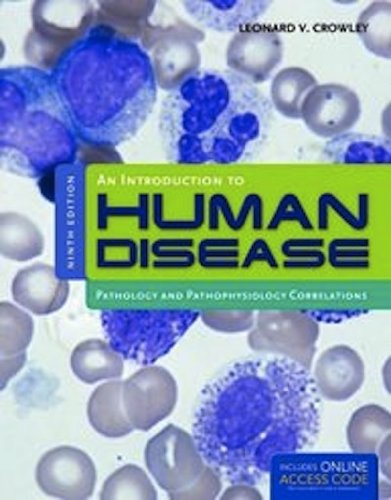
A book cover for An Introduction to Human Disease: Pathology and Pathophysiology Correlations; Leonard Crowley; Medical Books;